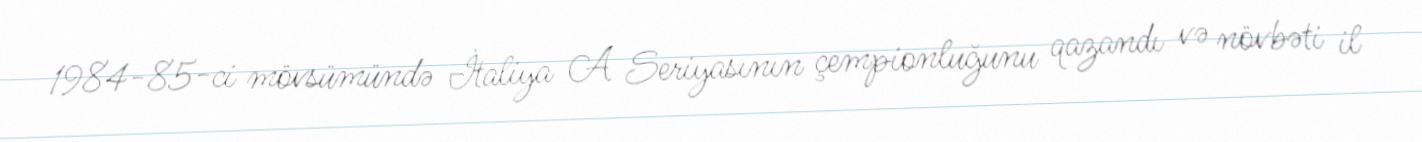
1984-85-ci mövsümündə İtaliya A Seriyasının çempionluğunu qazandı və növbəti il